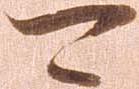
可